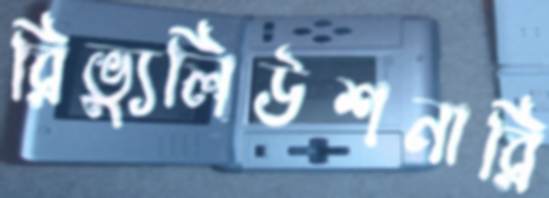
রিভ্যুলিউশনারি